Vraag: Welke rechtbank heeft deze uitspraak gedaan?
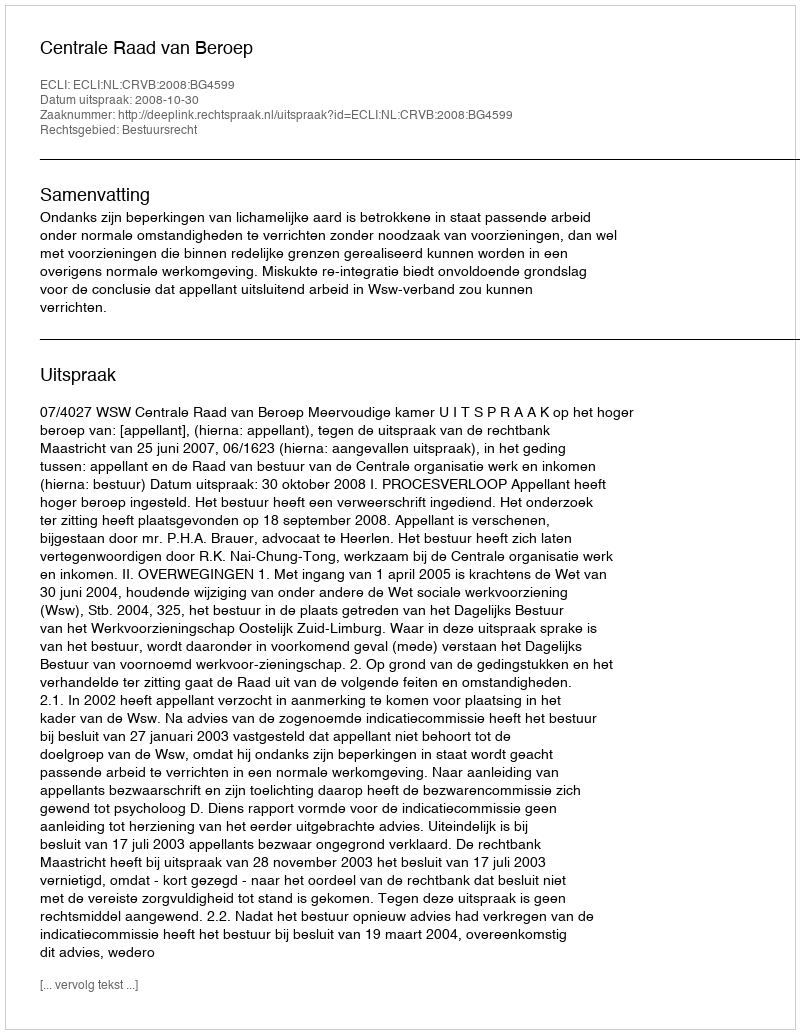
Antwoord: Centrale Raad van Beroep